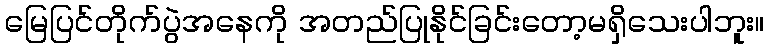
မြေပြင်တိုက်ပွဲအနေကို အတည်ပြုနိုင်ခြင်းတော့မရှိသေးပါဘူး။